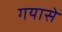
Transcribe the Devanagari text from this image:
गयासे